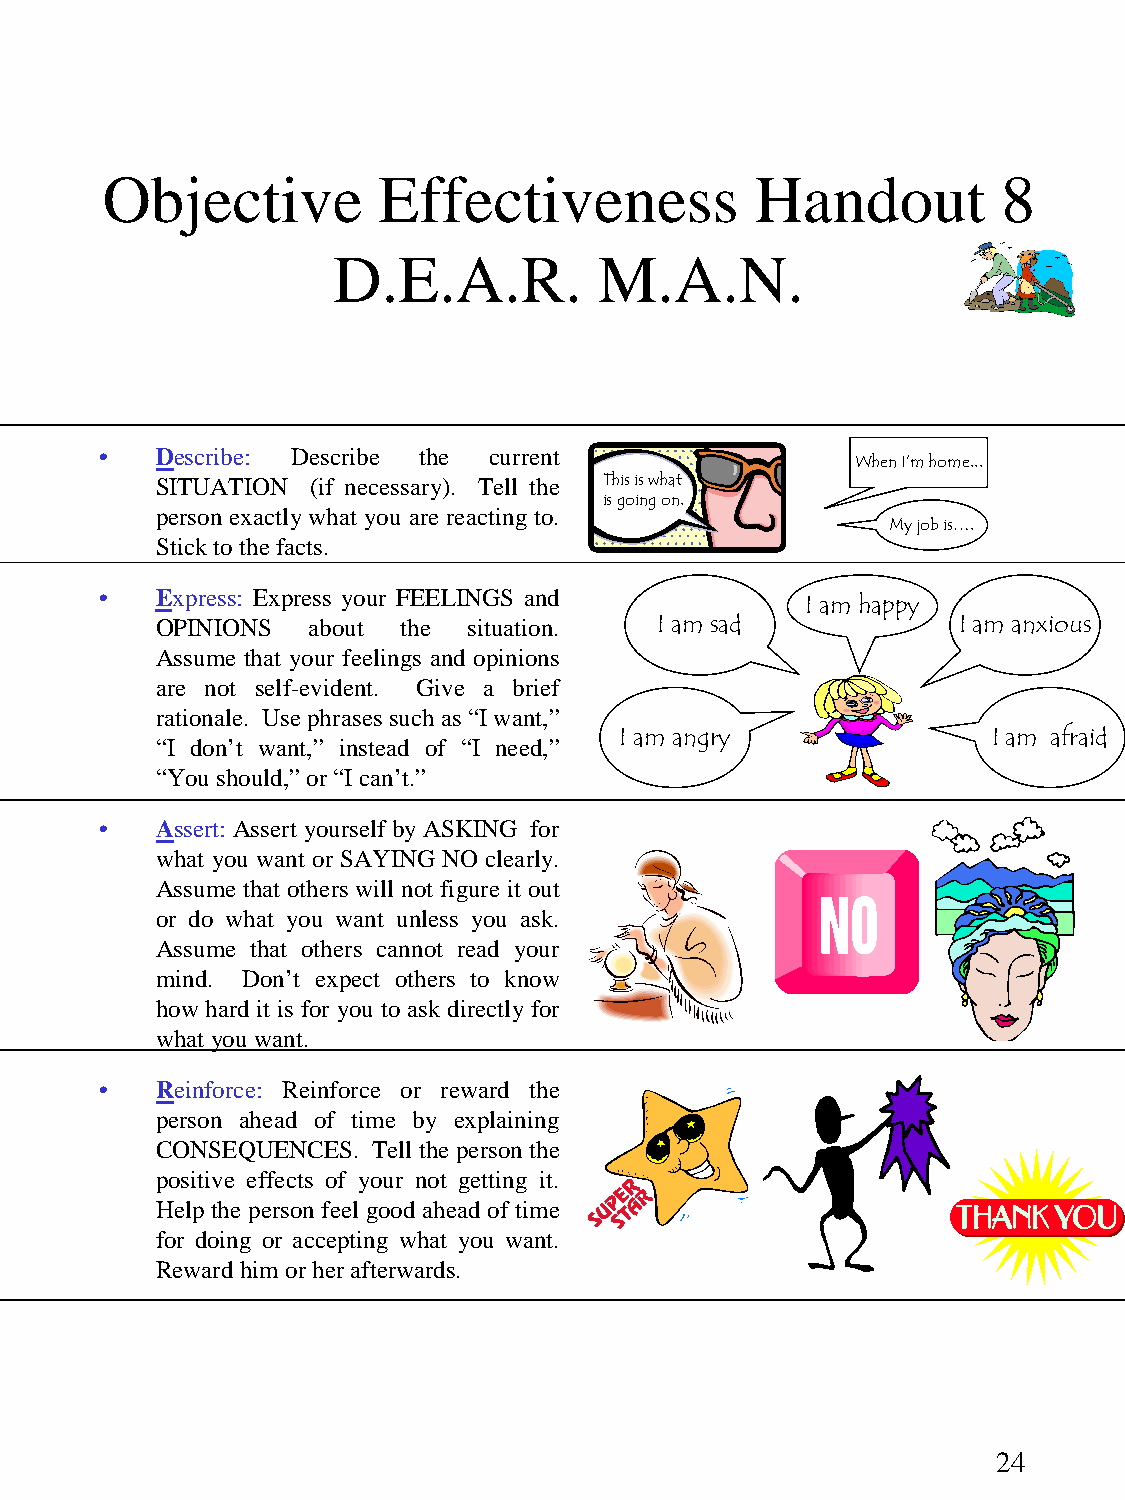
Objective         Effectiveness            Handout         8
 D.E.A.R.          M.A.N.
 •  Describe: Describe the current
 When I’m home...
 SITUATION  (if necessary). Tell the This is what
 is going on.
 person exactly what you are reacting to.
 My job is….
 Stick to the facts.
 •  Express: Express your FEELINGS and
 I am happy
 OPINIONS  about the  situation.   I am sad           I am anxious
 Assume that your feelings and opinions
 are not self-evident. Give a brief
 rationale. Use phrases such as “I want,”
 I am angry               I am afraid
 “I don’t want,” instead of “I need,”
 “You should,” or “I can’t.”
 •  Assert: Assert yourself by ASKING for
 what you want or SAYING NO clearly.
 Assume that others will not figure it out
 or do what you want unless you ask.
 Assume that others cannot read your
 mind. Don’t expect others to know
 how hard it is for you to ask directly for
 what you want.
 •  Reinforce: Reinforce or reward the
 person ahead of time by explaining
 CONSEQUENCES.  Tell the person the
 positive effects of your not getting it.
 Help the person feel good ahead of time
 for doing or accepting what you want.
 Reward him or her afterwards.
 24